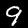
Digit: 9